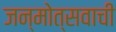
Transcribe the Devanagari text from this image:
जन्मोत्सवाची